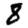
Digit: 8